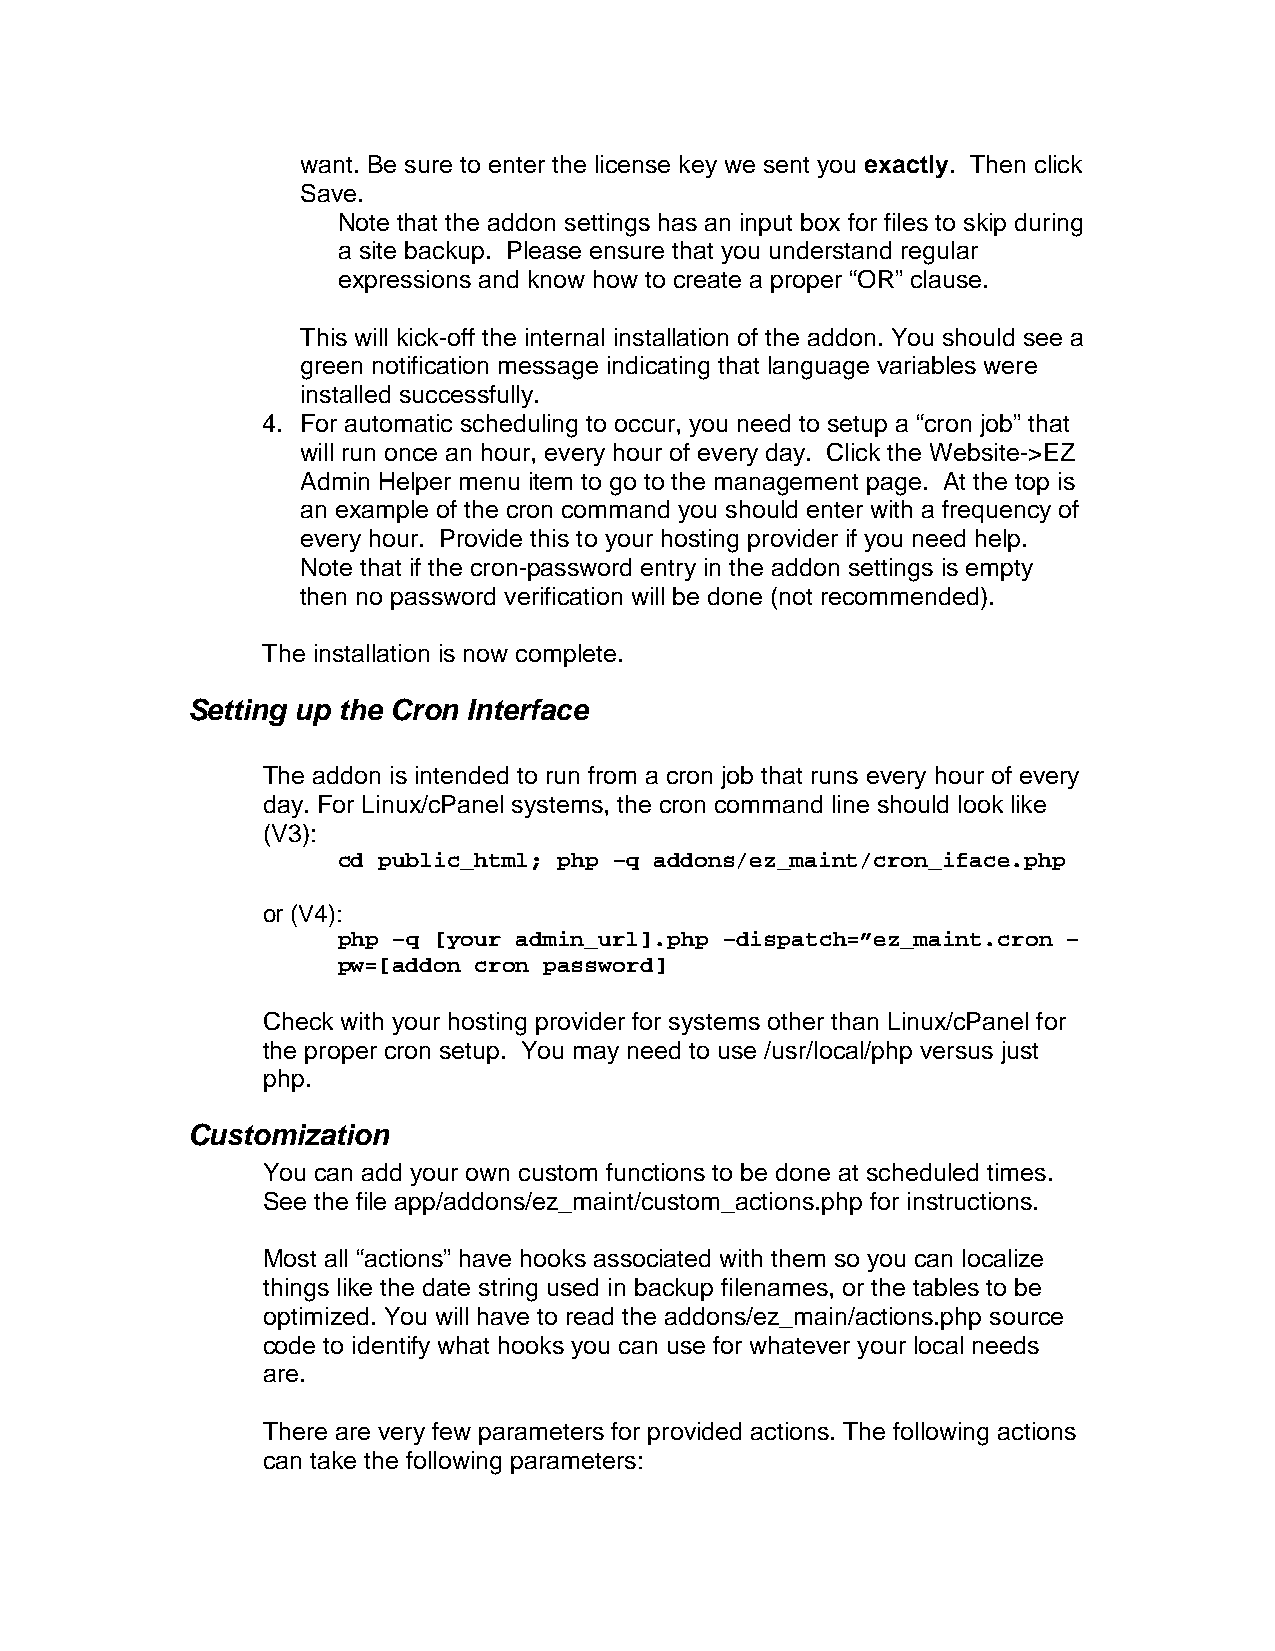
want. Be sure to enter the license key we sent you exactly. Then click
 Save.
 Note that the addon settings has an input box for files to skip during
 a site backup. Please ensure that you understand regular
 expressions and know how to create a proper “OR” clause.
 This will kick-off the internal installation of the addon. You should see a
 green notification message indicating that language variables were
 installed successfully.
 4. For automatic scheduling to occur, you need to setup a “cron job” that
 will run once an hour, every hour of every day. Click the Website->EZ
 Admin Helper menu item to go to the management page. At the top is
 an example of the cron command you should enter with a frequency of
 every hour. Provide this to your hosting provider if you need help.
 Note that if the cron-password entry in the addon settings is empty
 then no password verification will be done (not recommended).
 The installation is now complete.
 Setting up the Cron Interface
 The addon is intended to run from a cron job that runs every hour of every
 day. For Linux/cPanel systems, the cron command line should look like
 (V3):
 cd public_html; php –q addons/ez_maint/cron_iface.php
 or (V4):
 php –q [your admin_url].php –dispatch=”ez_maint.cron –
 pw=[addon cron password]
 Check with your hosting provider for systems other than Linux/cPanel for
 the proper cron setup. You may need to use /usr/local/php versus just
 php.
 Customization
 You can add your own custom functions to be done at scheduled times.
 See the file app/addons/ez_maint/custom_actions.php for instructions.
 Most all “actions” have hooks associated with them so you can localize
 things like the date string used in backup filenames, or the tables to be
 optimized. You will have to read the addons/ez_main/actions.php source
 code to identify what hooks you can use for whatever your local needs
 are.
 There are very few parameters for provided actions. The following actions
 can take the following parameters: